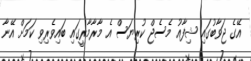
އޭގެ ޖަވާބުގައި ޝިފާއު މެސެޖް ކުރިޔަސް އެ މާރާމާރީގައި ބައިވެރިވި ކަމަށް އޭނާ